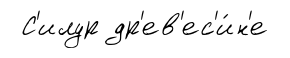
С'илур др'ев'ес'и́н'е